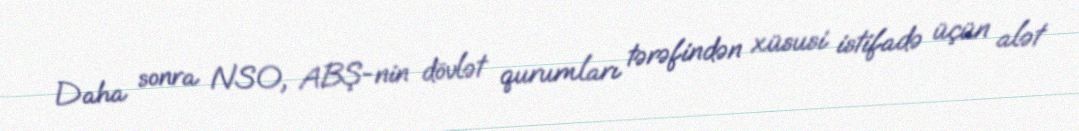
Daha sonra NSO, ABŞ-nin dövlət qurumları tərəfindən xüsusi istifadə üçün alət